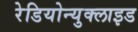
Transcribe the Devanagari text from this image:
रेडियोन्युक्लाइड